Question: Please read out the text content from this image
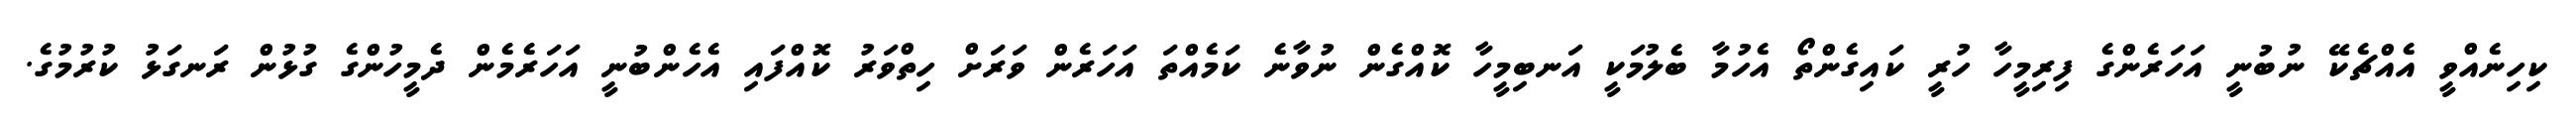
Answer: ކިހިނެއްވީ އެއްޗެކޭ ނުބުނީ އަހަރެންގެ ފިރިމީހާ ހުރީ ކައިގެންތޯ އެހުމާ ބެލުމަކީ އަނބިމީހާ ކޮއްގެން ނުވާނެ ކަމެއްތަ އަހަރެން ވަރަށް ހިތްވަރު ކޮއްފައި އެހެންބުނީ އަހަރެމެން ދެމީހުންގެ ގުޅުން ރަނގަޅު ކުރުމުގެ.